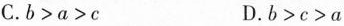
C.$$b>a>c$$ D.$$b>c>a$$